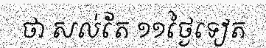
ថា សល់តែ ១១ថ្ងៃទៀត